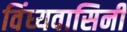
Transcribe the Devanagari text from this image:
विंध्‍यवासिनी